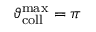
\vartheta _ { \mathrm { c o l l } } ^ { \mathrm { m a x } } = \pi